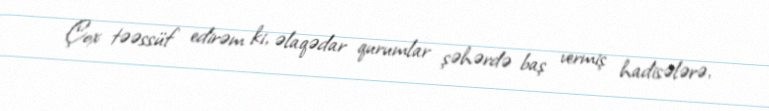
Çox təəssüf edirəm ki, əlaqədar qurumlar şəhərdə baş vermiş hadisələrə,